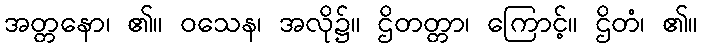
အတ္တနော၊ ၏။ ဝသေန၊ အလို၌။ ဌိတတ္တာ၊ ကြောင့်။ ဌိတံ၊ ၏။